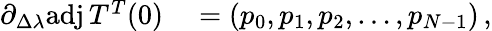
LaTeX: \begin{array}{rl}{\partial_{\Delta\lambda}\mathrm{adj}\, T^{T}(0)}&{{}=\left(\begin{array}{l}{p_{0},p_{1},p_{2},\dots,p_{N-1}}\end{array}\right)\, ,}\end{array}